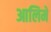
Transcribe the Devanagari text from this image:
आलिमे